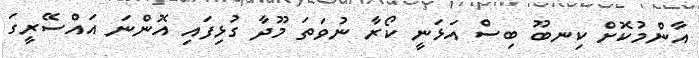
އާންމުކޮށް ކިނބޫ ބިސް އަޅަނީ ކޯރާ ނުވަތަ މޫދާ ގުޅިފައި އޮންނަ އައްސޭރީގަ